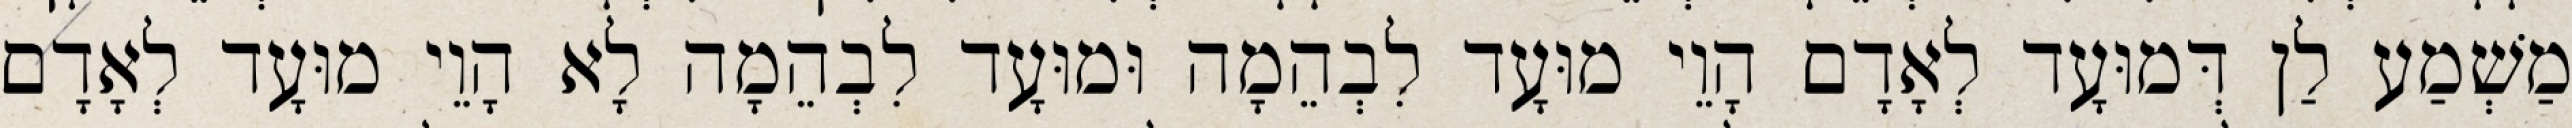
מַשְׁמַע לַן דְּמוּעָד לְאָדָם הָוֵי מוּעָד לִבְהֵמָה וּמוּעָד לִבְהֵמָה לָא הָוֵי מוּעָד לְאָדָם